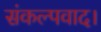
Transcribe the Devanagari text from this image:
संकल्पवाद।